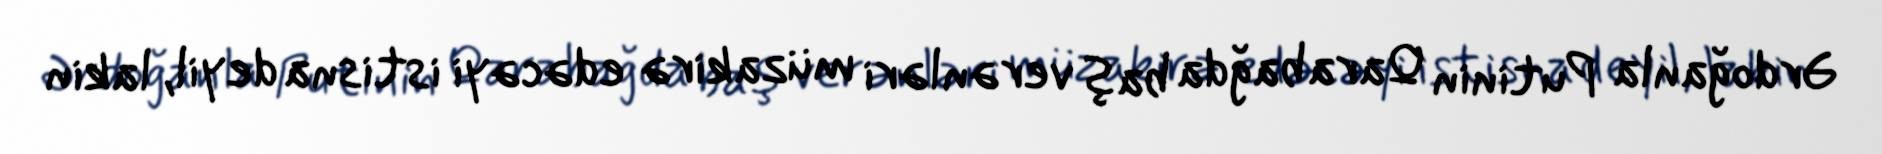
Ərdoğanla Putinin Qarabağda baş verənləri müzakirə edəcəyi istisna deyil, lakin